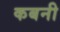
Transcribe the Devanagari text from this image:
कबनी